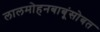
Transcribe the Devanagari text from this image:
लालमोहनबाबूंसोबत